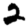
Digit: 2